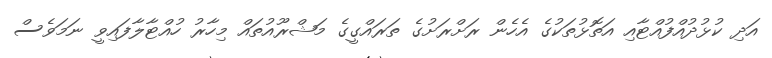
އަދި ކުޅުދުއްފުއްޓާއި އަތޮޅުތަކުގެ އެހެން ރަށްރަށުގެ ތަރައްގީގެ މަޝްރޫއުތައް މިހާރު ހުއްޓާލާފައިވީ ނަމަވެސް